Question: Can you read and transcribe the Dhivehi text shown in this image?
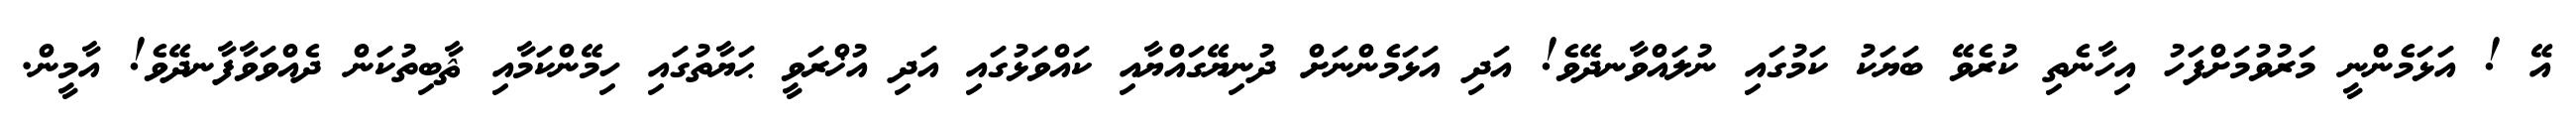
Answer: އޭ ! އަޅަމެންނީ މަރުވުމަށްފަހު އިހާނެތި ކުރެވޭ ބަޔަކު ކަމުގައި ނުލައްވާނދޭވެ! އަދި އަޅަމެންނަށް ދުނިޔޭގައްޔާއި ކައްވަޅުގައި އަދި އުޚްރަވީ ޙަޔާތުގައި ހިމޭންކަމާއި ޘާބިތުކަން ދެއްވަވާފާނދޭވެ! އާމީން.